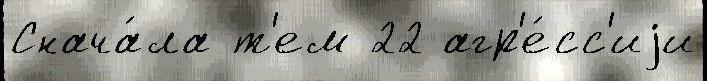
Снача́ла т'ем 22 агр'е́сс'иjи